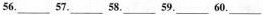
56.___ 57.___ 58.___ 59.___ 60.___